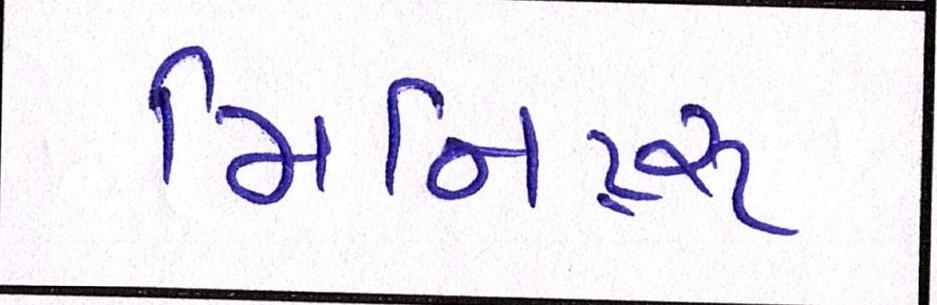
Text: મિનિટ્સ